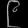
Digit: ၉